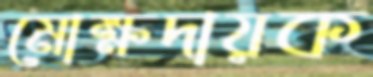
মোক্ষদায়ক